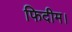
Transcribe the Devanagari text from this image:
फिदीम।